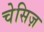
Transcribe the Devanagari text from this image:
चेसिज़